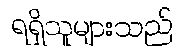
ရရှိသူများသည်